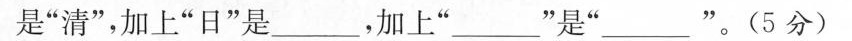
”是”清”，加上”日”是___，加上”___”是”___”。(5分)